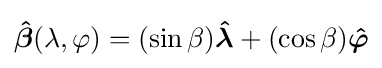
\mathbf {\boldsymbol {\hat {\beta }}} (\lambda ,\varphi )=(\sin {\beta }){\boldsymbol {\hat {\lambda }}}+(\cos {\beta }){\boldsymbol {\hat {\varphi }}}